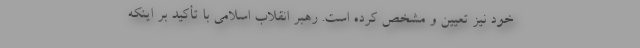
خود نیز تعیین و مشخص کرده است. رهبر انقلاب اسلامی با تأکید بر اینکه